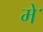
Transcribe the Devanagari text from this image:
मेॱ